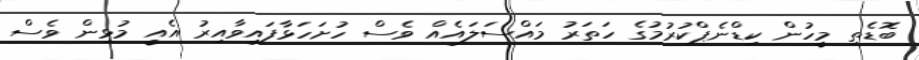
ބޮޑެތި މީހުން ކިޑްނެޕްކުރުމުގެ ހަތަރު މައްސަލައެއް ވެސް ހުށަހަޅާފައިވާއިރު އެއީ މުޅިން ވެސް